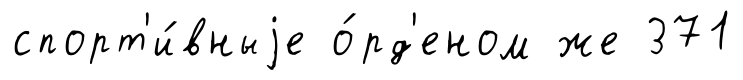
спорт'и́вныjе о́рд'еном же 371